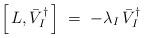
LaTeX: \begin{align*}\left[\, L, \bar{V}_I^\dagger \, \right] \;=\; -\lambda_I \, \bar{V}_I^\dagger\end{align*}